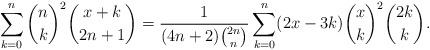
LaTeX: \begin{align*}\sum_{k=0}^{n}{n\choose k}^2{x+k\choose 2n+1}=\frac{1}{(4n+2){2n\choose n}}\sum_{k=0}^{n}(2x-3k){x\choose k}^2{2k\choose k}. \end{align*}